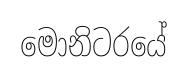
මොනිටරයේ